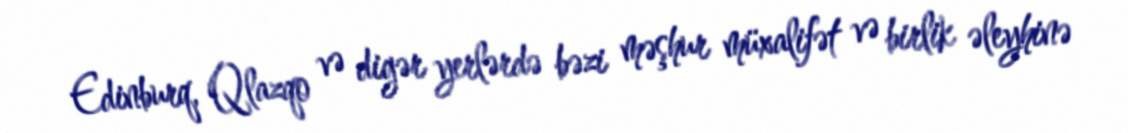
Edinburq, Qlazqo və digər yerlərdə bəzi məşhur müxalifət və birlik əleyhinə